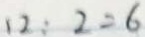
1 2 : 2 = 6